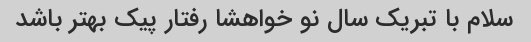
سلام با تبریک سال نو خواهشا رفتار پیک بهتر باشد